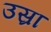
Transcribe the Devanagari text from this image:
उस्रा